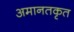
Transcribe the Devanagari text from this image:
अमानतकृत